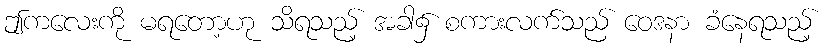
ဤကလေးကို မရတော့ဟု သိရသည့် အခါ၌ စကားလက်သည် ဝေဒနာ ခံနေရသည့်